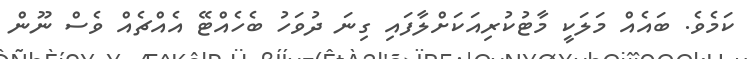
ކަމެވެ. ބައެއް މަލަކީ މާޓުކުރިއަކަށްލާފައި ގިނަ ދުވަހު ބެހެއްޓޭ އެއްޗެއް ވެސް ނޫން